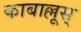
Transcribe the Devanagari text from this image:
काबाल्लूस्